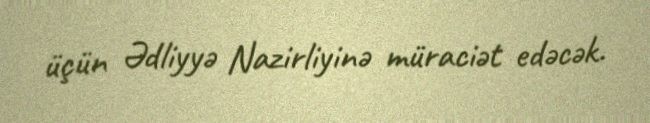
üçün Ədliyyə Nazirliyinə müraciət edəcək.